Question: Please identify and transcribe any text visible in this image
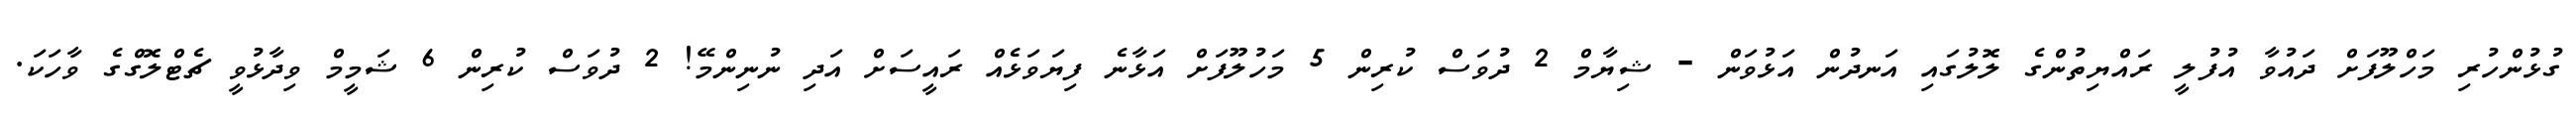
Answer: ގުޅުންހުރި މަހްލޫފަށް ދައުވާ އުފުލީ ރައްޔިތުންގެ ލޮލުގައި އަނދުން އަޅުވަން - ޝިޔާމް 2 ދުވަސް ކުރިން 5 މަހުލޫފަށް އަޅާނެ ފިޔަވަޅެއް ރައީސަށް އަދި ނުނިންމޭ! 2 ދުވަސް ކުރިން 6 ޝަމީމް ވިދާޅުވީ ޗެޓްލޮގްގެ ވާހަކަ.